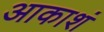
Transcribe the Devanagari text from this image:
आकाशं